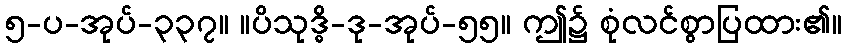
၅-ပ-အုပ်-၃၃၇။ ။ပိသုဒ္ဓိ-ဒု-အုပ်-၅၅။ ဤ၌ စုံလင်စွာပြထား၏။